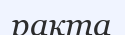
рақта